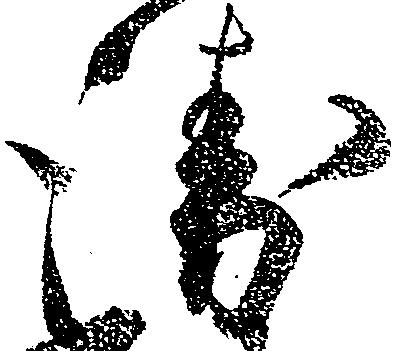
衛